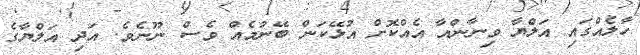
ހާލެއްގައި އަލްޔާ ވިނާންއާ އެއްކޮށް އުޅޭކަން ބޭނުމެއް ވެސް ނޫނެވެ. އަދި އަލްޔާގެ